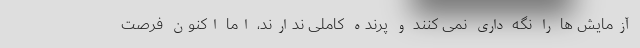
آزمایش ها را نگه داری نمی کنند و پرنده کاملی ندارند، اما اکنون فرصت